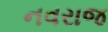
નવરાજ